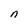
Character: n